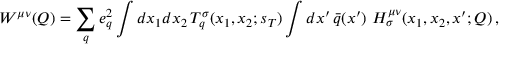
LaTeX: W ^ { \mu \nu } ( Q ) = \sum _ { q } e _ { q } ^ { 2 } \int d x _ { 1 } d x _ { 2 } \, T _ { q } ^ { \sigma } ( x _ { 1 } , x _ { 2 } ; s _ { T } ) \int d x ^ { \prime } \, \bar { q } ( x ^ { \prime } ) \ H _ { \sigma } ^ { \mu \nu } ( x _ { 1 } , x _ { 2 } , x ^ { \prime } ; Q ) \, ,